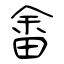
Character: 畬